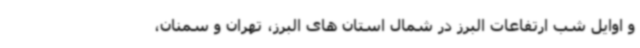
و اوایل شب ارتفاعات البرز در شمال استان های البرز، تهران و سمنان،